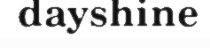
dayshine